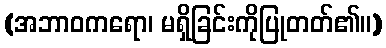
(အဘာဝကရော၊ မရှိခြင်းကိုပြုတတ်၏။)